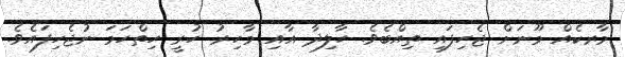
މާރކެއް މޫނަށް ޖެހިފައި ތިއްބެވެ. ހާލިދާ އާއި މާހިރު ހުރީ ހިތްހަމަ ނުޖެހިފައެވެ.